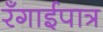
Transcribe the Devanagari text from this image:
रँगाईपात्र